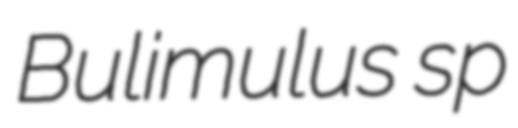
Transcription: Bulimulus sp